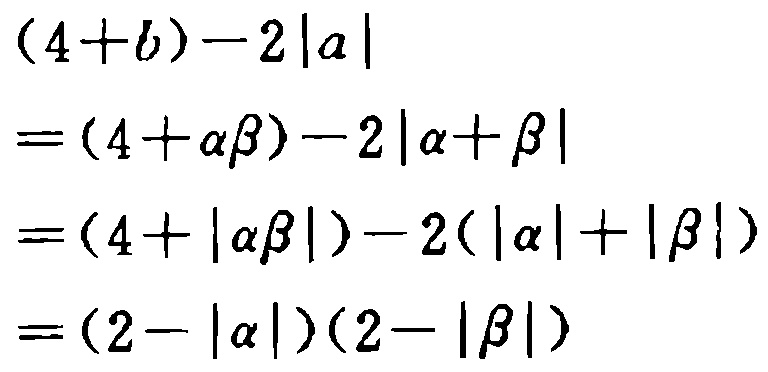
\[
\begin{align*}
&(4 + b)-2|a|\\
=&(4+\alpha\beta)-2|\alpha+\beta|\\
=&(4 + |\alpha\beta|)-2(|\alpha|+|\beta|)\\
=&(2 - |\alpha|)(2 - |\beta|)
\end{align*}
\]